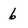
Character: 6